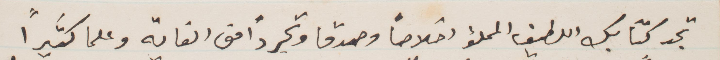
تجد كتابك الطيف المملؤ اخلاصًا وصدقًا وتجردًا متى القاته وعلما كثيرًا